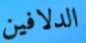
الدلافين